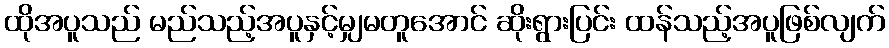
ထိုအပူသည် မည်သည့်အပူနှင့်မျှမတူအောင် ဆိုးရွားပြင်း ထန်သည့်အပူဖြစ်လျက်